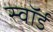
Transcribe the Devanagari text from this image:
स्‍वॉर्ड